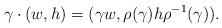
LaTeX: \begin{align*}\gamma\cdot (w, h)=(\gamma w, \rho(\gamma) h\rho^{-1}(\gamma)).\end{align*}